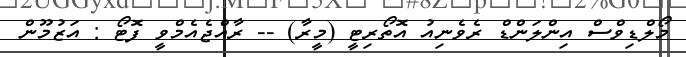
މޯލްޑިވްސް އިންލަންޑް ރެވެނިއު އޮތޯރިޓީ (މީރާ) -- ރާއްޖެއެމްވީ ފޮޓޯ : އަޒުމޫން